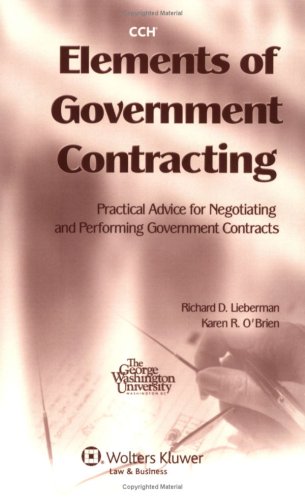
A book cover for Elements of Government Contracting; Richard D. Lieberman; Law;